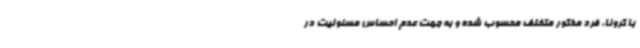
با کرونا، فرد مذکور متخلف محسوب شده و به جهت عدم احساس مسئولیت در